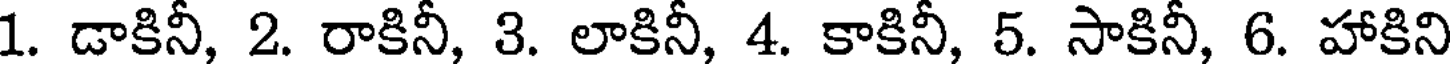
1. డాకినీ, 2. రాకినీ, 3. లాకినీ, 4. కాకినీ, 5. సాకినీ, 6. హాకిని